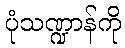
ပုံသဏ္ဍာန်ကို